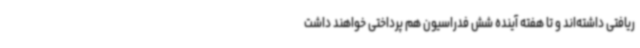
ریافتی داشته‌اند و تا هفته آینده شش فدراسیون هم پرداختی خواهند داشت